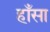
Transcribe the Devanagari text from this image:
हाँसा